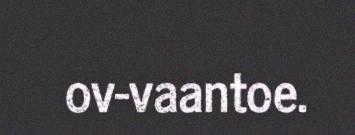
ov-vaantoe.